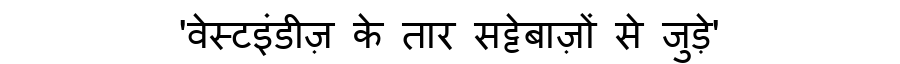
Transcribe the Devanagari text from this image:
'वेस्टइंडीज़ के तार सट्टेबाज़ों से जुड़े'